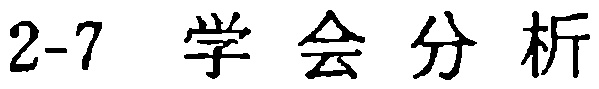
2-7 学会分析